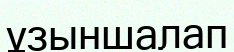
ұзыншалап